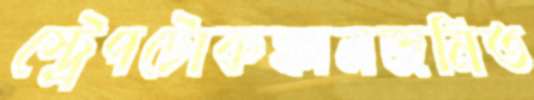
স্ট্রেপটোকক্কালজনিত